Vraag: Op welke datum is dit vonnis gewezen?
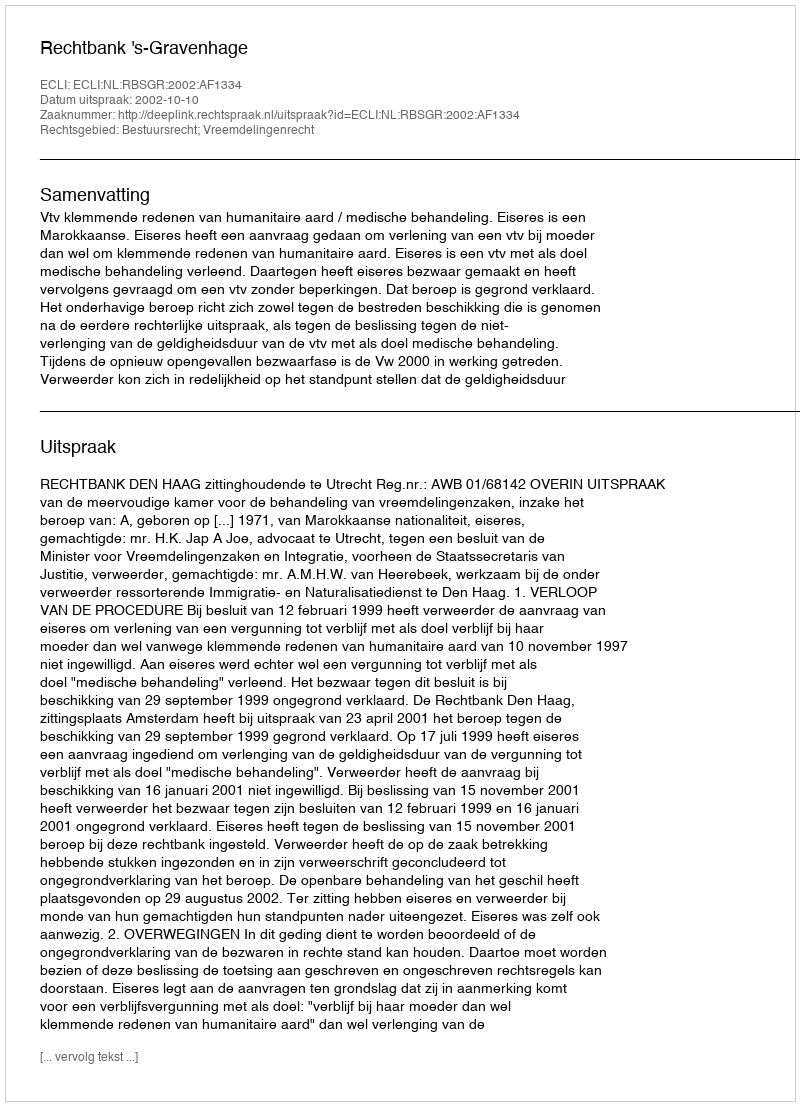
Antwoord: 2002-10-10